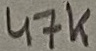
Text: 47K